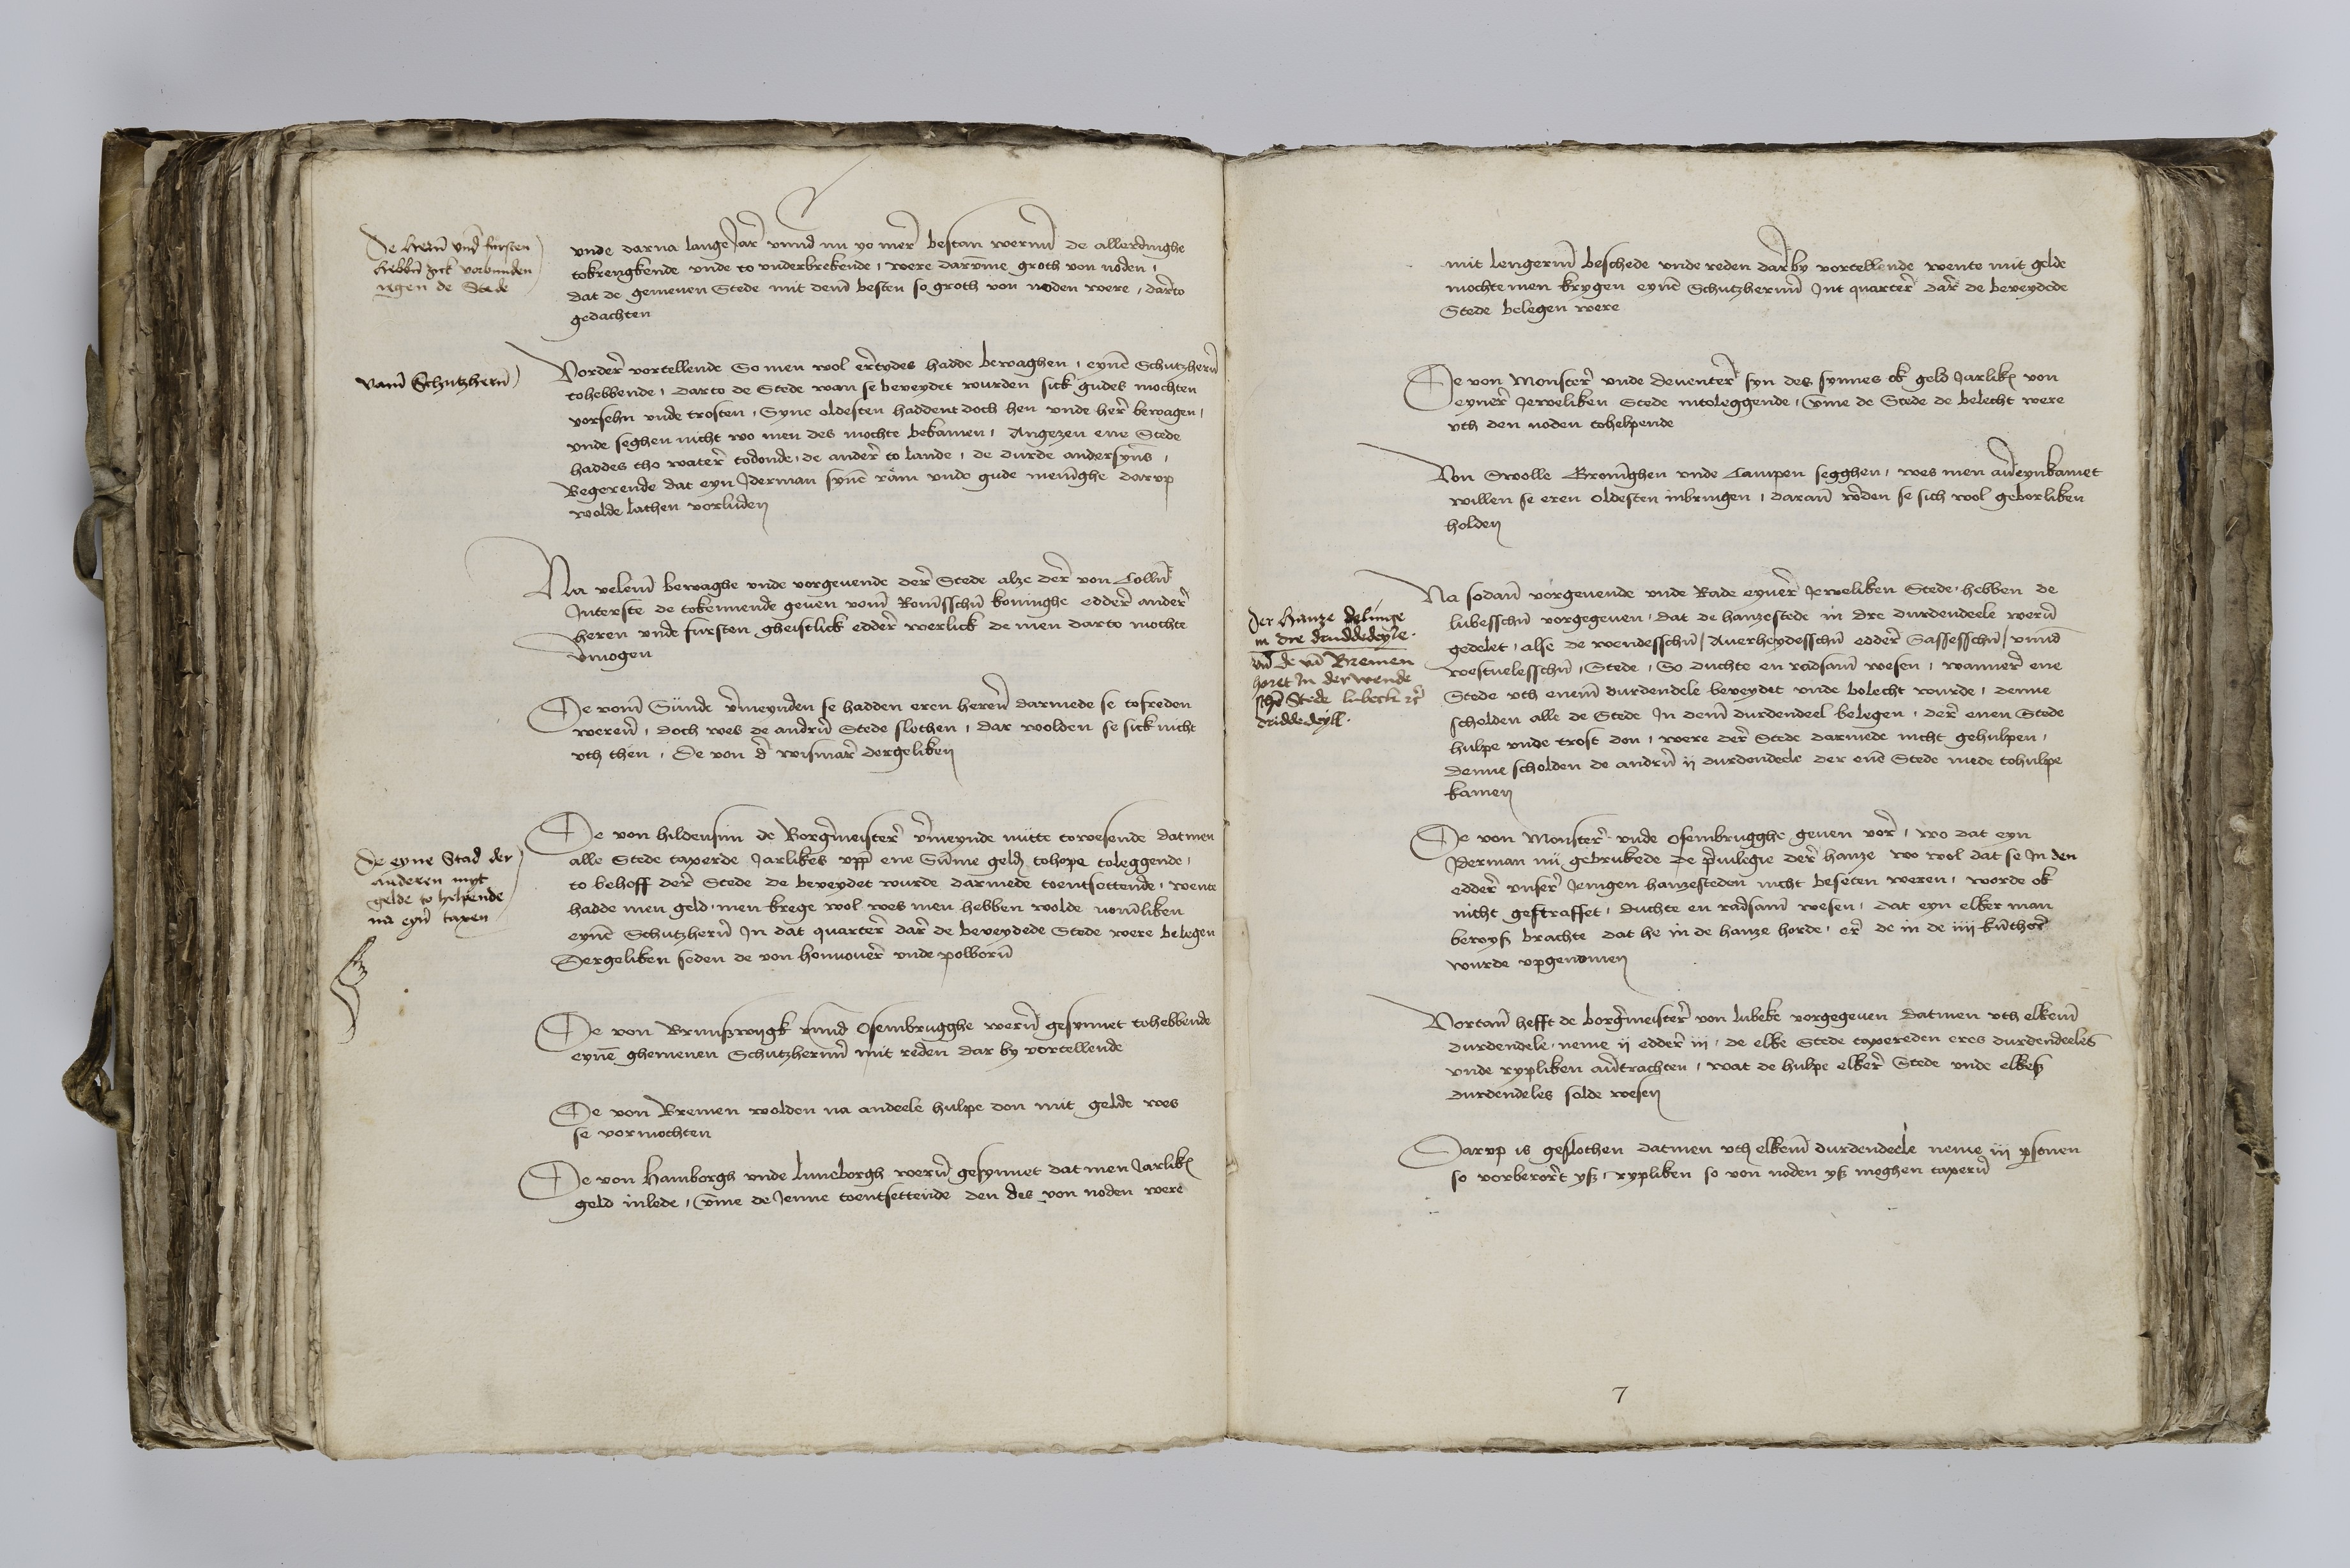
vnde dar na lange Jare vnnd nu yo mere bestan werenn de allerdinghe
tokrengkende vnde to vnderbrekende, were darvmme groth von noden
dat de gemenen Stede mit deme besten so groth von noden vere, dareto
gedachten

De heren vnde fursten
hebben zick vorbunden
tegen de Stede

Vordermer vortellende So men wol eretydes hadde bewaghen, eynen Schutzheren
tohebbende, dar to de Stede van se bereydet wurden sick gudes mochten
vorsehn vnde trosten, Syne oldesten haddent doch hen vnde here bewagen
vnde seghen richt wo men des mochte bekamen, Angezen ene Stede
haddes tho watere todonde, de andere to lande, de durde andersyns
Begerende dat eyn Jderman synen raͤm vnde gude meninghe darvp
wolde lathen vorluden

vame Schutzheren

Na veleme bewaghe vnde vorgeuende dere Stede alze dere van Collen
Jnterste de tokennende geuen vome Romisschen koninghe eddere andere
heren vnde fursten gheistlick edder werlick de men darto mochte
vermogen

De vome Sunde vermeynden se hadden eren herenn darmede se tofreden
werene doch wes de andren Stede slothen, dar wolden se sick nicht
vth then, de von der Wismare dergeliken

de eyne Stad der
anderen myt
gelde to helpende
vnd eyne taxen

De von Hildensun de Borgermerstere vermeynde nutte towesende datmen
alle Stede taxerde Jarlikes vppe ene Summe geldes tohope toleggende
to behoff derer Stede de beveydet wurde dar mede toentsettende, wente
hadde men gelo men krege wol wes men hebben wolde nomeliken
eynen Schutzheren Jn dat quartere dare de beveydede Stede were belegen
Dergeliken seden de von Honnouere vnde Poworen

De von Brunswygk vnnd Osembrugghe weren gesvnnet tohebbende
eynen ghemenen Schutzherenn mit reden dar by vortellende

De von Bremen wolden na andeele hulpe don mit geude wrs
se vor mochten

De von Hamborgh vnde Luneborgh weren gesynnet dat men Jarlikes
geld inlede, vmme de Jenne toentsettende den des von noden were

mit lengerin beschede vnde reden dar by vortellende wente mit gelde
mochte men krygen eynen Schutzherenn Jnt quartere dare de beveydede
Stede belegen were

De von Monstere vnde Deuentere syn des synnes ok gelo Jarlikes von
eynere Jeweliken Stede intoleggende, vmme de Stede de belecht were
vth den noden tohelpende

Von Swolle Groninghen vnde Campen segghen, wes men auereynkamet
willen se eren oldesten inbringen, darane werden se sich wol geborliken
holden

Na sodanen vorgeuende vnde Rade eynere Jeweliken Stede hebben de
lubesschen vorgegeuen, dat de hanzestede in dre durdendeele weren
gedelet, alse de wendesschen, Auerheydesschen eddere Sassesschen, vnnd
westueleschen Stede, So duchte en radsame wesen, wannere ene
Stede vth eneme durdendele beveydet vnde bolecht wurde, denne
scholden alle de Stede Jn deme durdendeel belegen, dere enen Stede
hulpe vnde trost don, were dere Stede darmede nicht gehulpen
denne scholden de andren ij dordendeele der enen Stede mede tohulpe
kamen

der hanze delinge
in dre druddedeyle
vnd de van Bremen
horet Jn der wende¬
schen Stede Lubeck etcetera
driddedeyll

De van Monstere vnde Osembrugghe geuen vore wo dat eyn
Jderman nu gebrukede de priuilegie dere hanze wo wol dat se Jn den
eddere vnsere Jenigen hanzesteden nicht beseten weren, worde ok
nicht gestraffet, duchte en radsam wesen, dat eyn elker man
bewys brachte dat he in de hanze horde, ere de in de iiij kunthore
wurde vpgenommen

Vortmer hefft de borgermeistere von Lubeke vorgegeuen datmen vth elkeme
durdendele neme iij edder in de elke Stede taxereden eres durdendeeles
vnde rypliken auertrachten, wat de hulpe elkere Stede vnde elkes
durdendeles solde wesen

Darop is geslothen datmen vth elkeme durdendeele neme iij personen
so vorberoret ys rypliken so von noden ys moghen taxeren